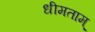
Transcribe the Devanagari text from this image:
धीमताम्‌